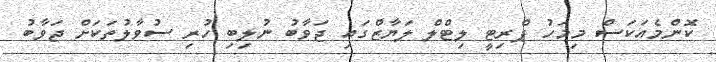
ކޮންމެއަކަސް މިމަހު ޕްރިޓީ ލިޓްލް ލަޔާޒްގައި ޖަވާބު ނުލިބި ހުރި ސުވާލުތަކަށް ޖަވާބު